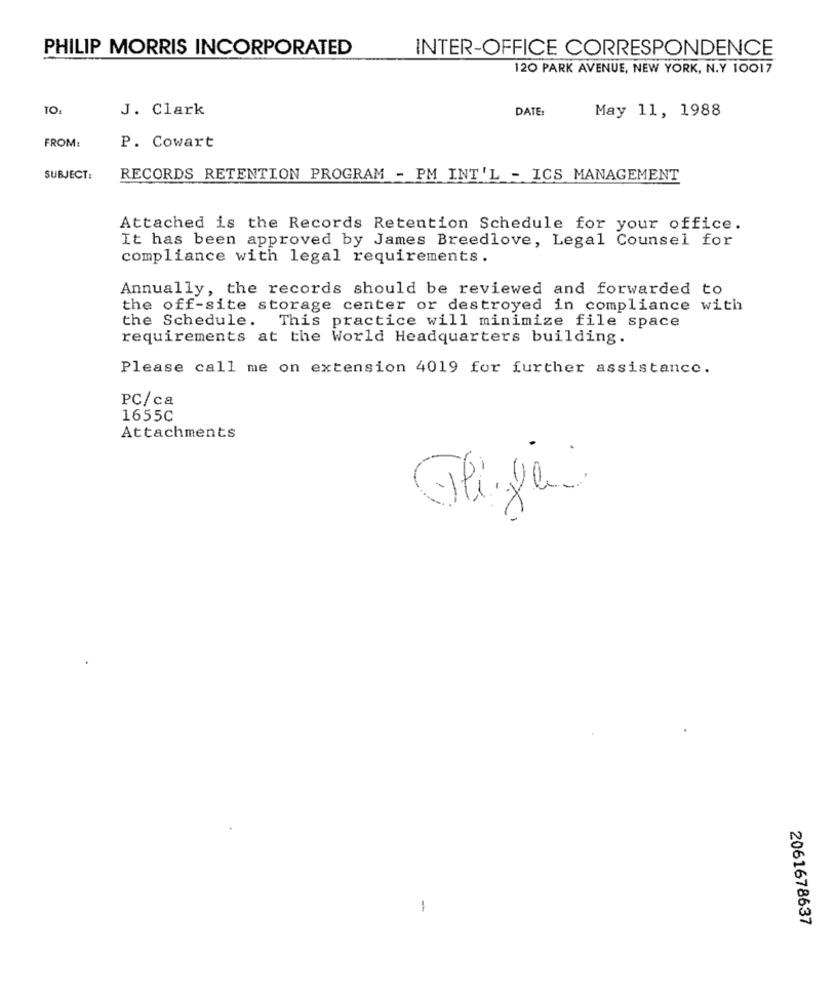
PHILIP MORRIS INCORPORATED
INTER-OFFICE CORRESPONDENCE
120 PARK AVENUE, NEW YORK, N.Y 10017
TO:
J. Clark
DATE:
May 11, 1988
FROM:
P. Cowart
SUBJECT:
RECORDS RETENTION PROGRAM - PM INT'L - ICS MANAGEMENT
Attached is the Records Retention Schedule for your office.
It has been approved by James Breedlove, Legal Counsel for
compliance with legal requirements.
Annually, the records should be reviewed and forwarded to
the off-site storage center or destroyed in compliance with
the Schedule. This practice will minimize file space
requirements at the World Headquarters building.
Please call me on extension 4019 for further assistance.
PC/ca
1655C
Attachments
--
-
2061678637